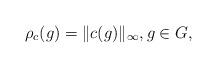
LaTeX: \begin{align*}\rho_c(g) = \|c(g)\|_\infty, g \in G,\end{align*}